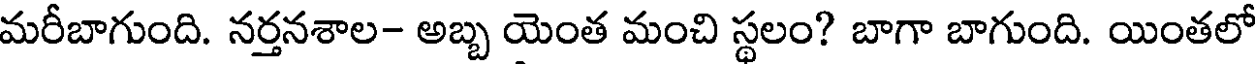
మరీబాగుంది. నర్తనశాల- అబ్బ యెంత మంచి స్థలం? బాగా బాగుంది. యింతలో